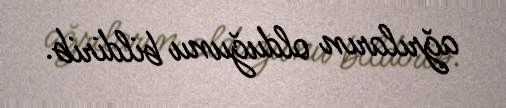
ağrıların olduğunu bildirib.